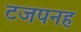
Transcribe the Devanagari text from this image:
टजपनह